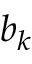
b _ { k }